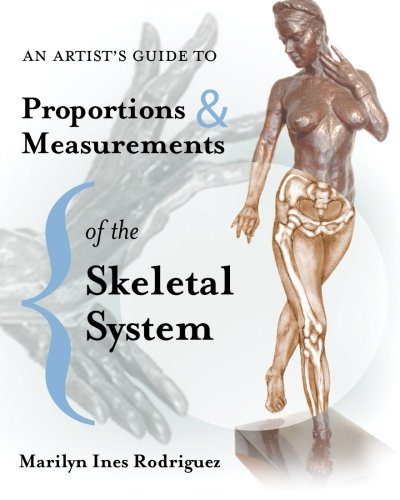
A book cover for An Artist's Guide to Proportions & Measurements of the Skeletal System; Ms. Marilyn Ines Rodriguez; Arts & Photography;